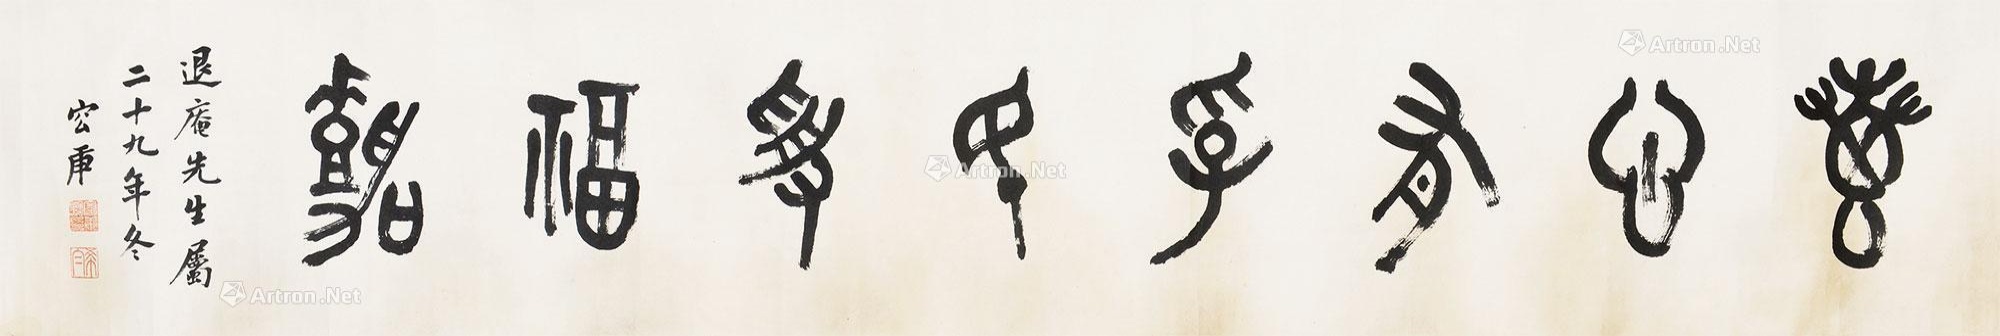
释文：万心有孚，民受福嘉。退庵先生属，二十九年冬容庚。